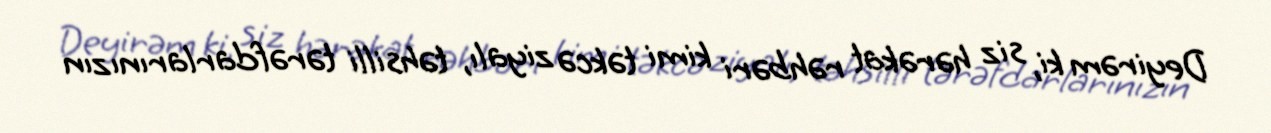
Deyirəm ki, siz hərəkat rəhbəri kimi təkcə ziyalı, təhsilli tərəfdarlarınızın